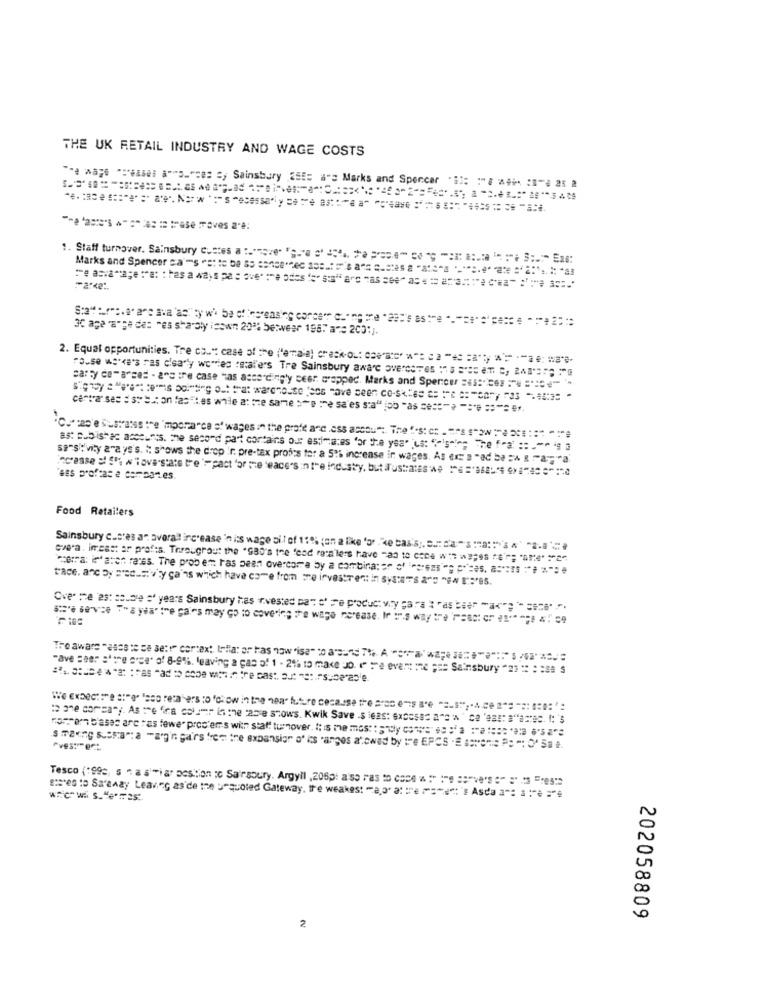
THE UK RETAIL INDUSTRY AND WAGE COSTS
""a wayo **** el a""""ces s, Sainsbury 2555 a"s Marks and Spencer "# :: : "# **** : 8- 25 2
a 's" """"da i trase Toves a:
. Staff turnover. Sainsbury costes a tumove" "sure "' '%, > "e" " "" " :: :. a . : "" Ex
Marks and Spencer ca's : to be 35 sense.c .: 's " - "" """"." ***
30 age "a"ge des "es sharply isown 20% betweer 1987 a == 2001).
2. Equal opportunities. Tre co .. ": case of the ("enala) check-out carte" w" a "= = a"y " :"ze: wa"-
"ouse we're's ras clearly wowies :stal'e's Tre Sainsbury aware avereses "" " m ", 2;
carty ce"a"ces - are tre case has ascendingly ceer. Grappac. Marks and Spencer =45:""er """ """"""
"Cues'e Susrates tempora"ce s' wages in the profe anc.oss accou": The ".s: t ."" $" 1" : : " """
ast pubis" ac accounts. the second part contains our estimates "or the year "us: "%"s"""" The fra ::. "⑈ 49
sa"s : vity arays's. " shows the drop !r. pre-tax profes to: a 52% increase ir wages. As er s "ad be =h & "aria
increase Slova"state tre '-pact 'or ;re 'eace's inthe industry, but Frustrates we = = '' "
"ess profcase combates
Food Retailers
Sainsbury c.ctes an overall increase 'n its wage sit of 11% (en a like 'or ke bass). .:: "a"s":" ".
overa. imresst ar profis. Throughout the 'SBD's the food rara'lers have "ad to coce wie w3;es "'"; "are'
cerra: in' atent rates. The prob em ras pean overcora by a combina: or of arezsi "g "'ces, a =** *** ***
trace. anc by secasty ty gains which have come from re investrent in systers a"s "EN $5.
Oves me 23: se.Die = years Sainsbury has fivested can c' re product vy para t'as bee" Max"; - size ".
Tro aware "assa te ce seti cortext lolla: ar has now'isa"o a35 7% Aaaaaaa" :.
"ave seer store orce" of 8-9%, leaving a pas of 1 - 2% to make Jo. r" =e ever: : ne === Sainsbury "23 :: : : 58 $
12 3e corsa"; As the fra colamr in the table shows. Kwik Save .s leas: exossac a"" "" ce 'ess: a"acrec. : '
nasrern bases are ras fewer proc'errs with statt turnover. Itis me most : dly cos" 'a :"a == ' '"
s making sesam: a -ag'n ga'rs from the expansion of is 'anges atowed by tre EPCS .E savoni: Po "; O1 5a .
Tesco (199c, s na simiar position :c Sairsoury. Argyll , 206p: ass ras : case " "" :"e ":"Ve'S " =" : 505*
wie wi s."eras ..
ses 10 Sa'sAay Leaving as de ine urquoted Gateway, tre weakest ma," a "e """" Asda " s" ="
202058809
2